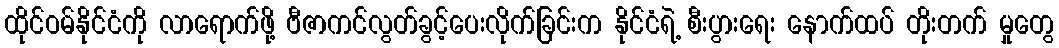
ထိုင်ဝမ်နိုင်ငံကို လာရောက်ဖို့ ဗီဇာကင်လွတ်ခွင့်ပေးလိုက်ခြင်းက နိုင်ငံရဲ့ စီးပွားရေး နောက်ထပ် တိုးတက် မှုတွေ